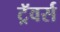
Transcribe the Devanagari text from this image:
ट्रॅवर्स